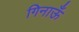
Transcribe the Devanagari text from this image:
गिनाऊँ